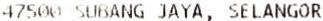
47500 SUBANG JAYA, SELANGOR